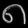
Digit: ၈